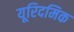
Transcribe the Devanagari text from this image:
यूरिदमिक